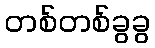
တစ်တစ်ခွခွ